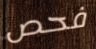
فحص